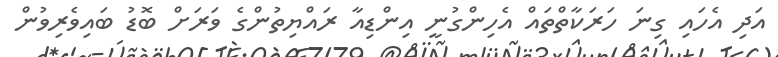
އަދި އެހައި ގިނަ ހަރަކާތްތައް އެހިންގުނީ އިންޑިއާ ރައްޔިތުންގެ ވަރަށް ބޮޑު ބައިވެރިވުން